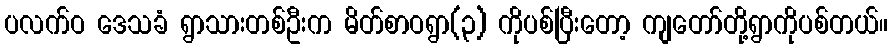
ပလက်ဝ ဒေသခံ ရွာသားတစ်ဦးက မိတ်စာဝရွာ(၃) ကိုပစ်ပြီးတော့ ကျတော်တို့ရွာကိုပစ်တယ်။